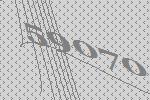
59070